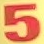
5